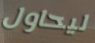
ليحاول